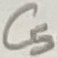
Text: C5